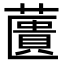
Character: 䕚